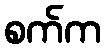
စက်က